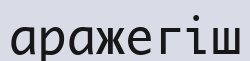
аражегіш